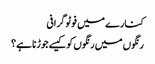
کنارے میں فوٹو گرافی
رنگوں میں رنگوں کو کیسے جوڑنا ہے؟